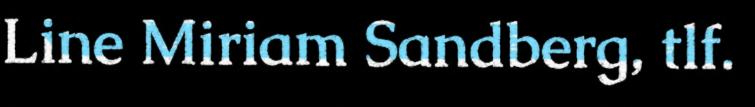
Line Miriam Sandberg, tlf.